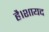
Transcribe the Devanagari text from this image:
है।शायद